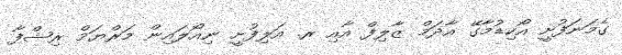
ގެމަނަފުށީ އޯކިޑުމާގޭ އާދަމް ޒާލިފް އާއި ރ. އަލިފުށީ ނިއޯލައިން މަރްޔަމް ރިޝްފާ